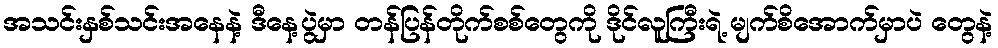
အသင်းနှစ်သင်းအနေနဲ့ ဒီနေ့ပွဲမှာ တန်ပြန်တိုက်စစ်တွေကို ဒိုင်လူကြီးရဲ့ မျက်စိအောက်မှာပဲ တွေနဲ့